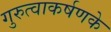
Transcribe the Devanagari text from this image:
गुरुत्वाकर्षणके